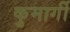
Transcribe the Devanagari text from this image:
कुमार्गी